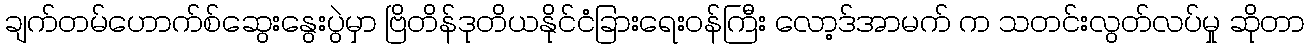
ချက်တမ်ဟောက်စ်ဆွေးနွေးပွဲမှာ ဗြိတိန်ဒုတိယနိုင်ငံခြားရေးဝန်ကြီး လော့ဒ်အာမက် က သတင်းလွတ်လပ်မှု ဆိုတာ